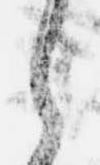
之